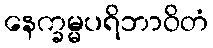
နေက္ခမ္မပရိဘာဝိတံ